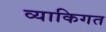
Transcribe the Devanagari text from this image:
व्याकिगत